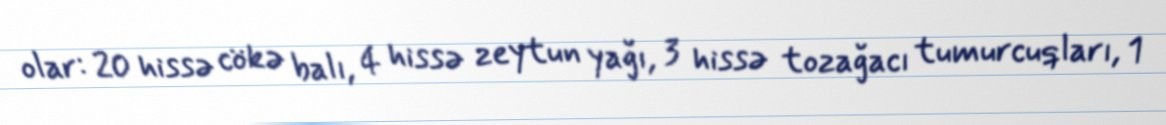
olar: 20 hissə cökə balı, 4 hissə zeytun yağı, 3 hissə tozağacı tumurcuqları, 1